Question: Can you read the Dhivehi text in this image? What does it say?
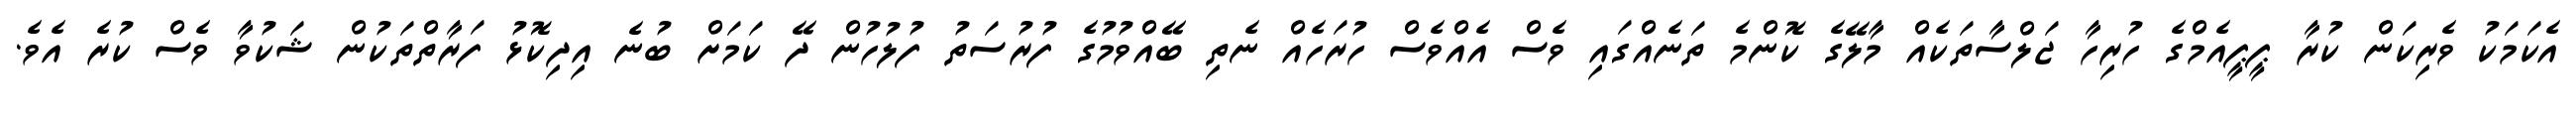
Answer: އެކަމަކު ވެރިކަން ކުރާ ޕީޕީއެމްގެ ހުރިހާ ޖަލްސާތަކެއް މާލޭގެ ކޮންމެ ތަނެއްގައި ވެސް އެއްވެސް ހުރަހެއް ނެތި ބޭއްވުމުގެ ފުރުސަތު ފުލުހުން ދޭ ކަމަށް ބުނެ އިދިކޮޅު ފަރާތްތަކުން ޝަކުވާ ވެސް ކުރެ އެވެ.